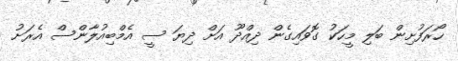
ހޯރަފުށިން ބަލި މީހަކު ގޮވައިގެން ދިއްދޫ އަށް ދިޔަ ސީ އެމްބިއުލާންސް އެރަށު